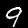
Digit: 9